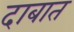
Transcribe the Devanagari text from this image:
दाबात